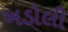
ખડોલી